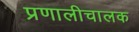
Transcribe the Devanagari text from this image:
प्रणालीचालक